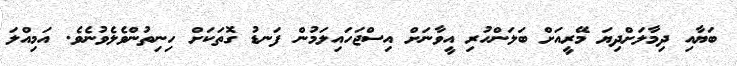
ބަޔާއި ދިމާލަށްދިޔަ މޭރީއަށް ބަލަންހުރި އީވާނަށް އިސްޖަހައިލަމުން ފަނޑު ގޮތަކަށް ހިނިތުންވެލެވުނެވެ. އަމިއްލަ